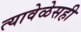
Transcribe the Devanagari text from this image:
त्यावेळेसही